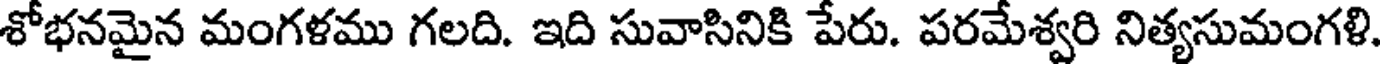
శోభనమైన మంగళము గలది. ఇది సువాసినికి పేరు. పరమేశ్వరి నిత్యసుమంగళి